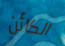
الكائن